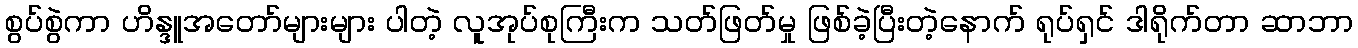
စွပ်စွဲကာ ဟိန္ဒူအတော်များများ ပါတဲ့ လူအုပ်စုကြီးက သတ်ဖြတ်မှု ဖြစ်ခဲ့ပြီးတဲ့နောက် ရုပ်ရှင် ဒါရိုက်တာ ဆာဘာ